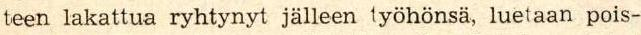
teen lakattua ryhtynyt jälleen työhönsä, luetaan pois-